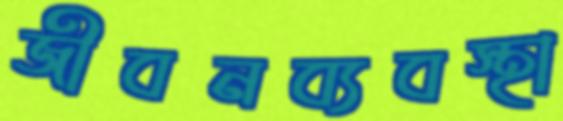
জীবনব্যবস্থা